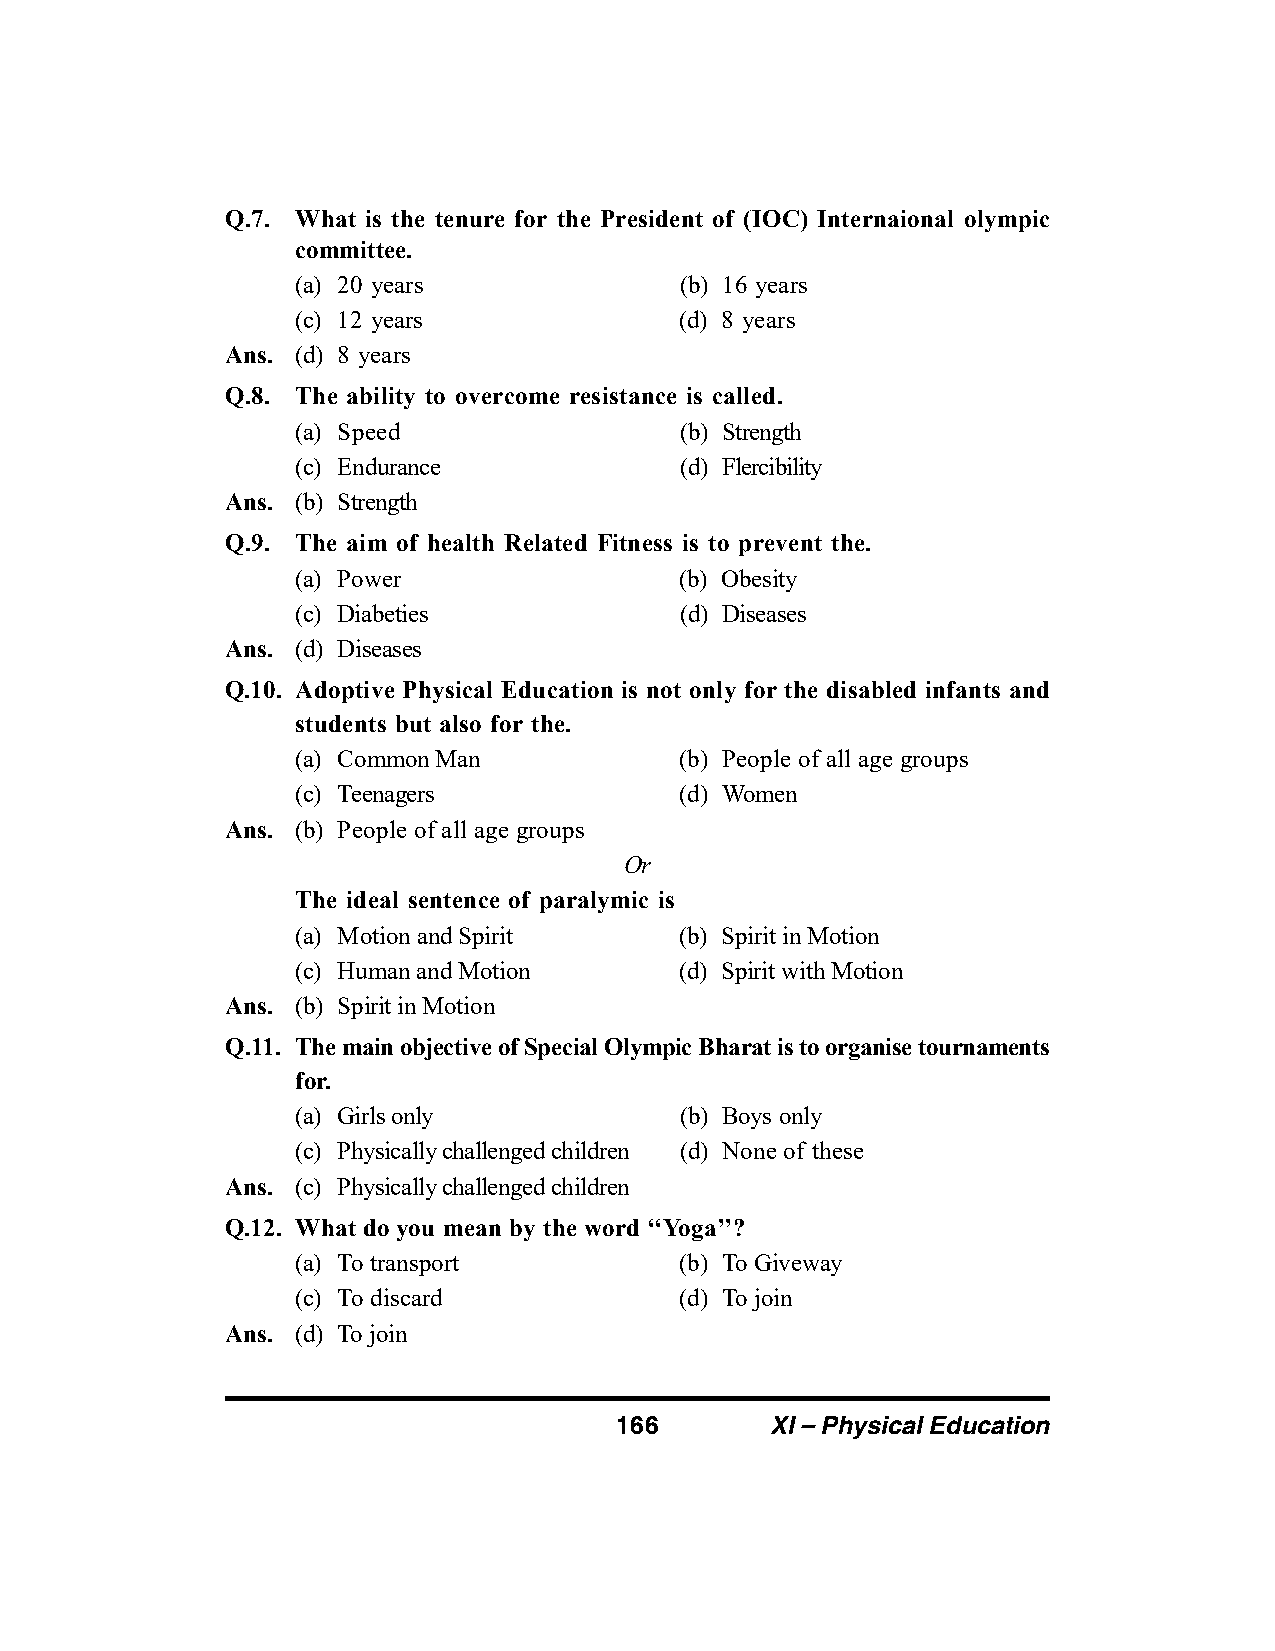
Q.7. What is the tenure for the President of (IOC) Internaional olympic
 committee.
 (a) 20 years             (b) 16 years
 (c) 12 years             (d) 8 years
 Ans. (d) 8 years
 Q.8. The ability to overcome resistance is called.
 (a) Speed                (b) Strength
 (c) Endurance            (d) Flercibility
 Ans. (b) Strength
 Q.9. The aim of health Related Fitness is to prevent the.
 (a) Power                (b) Obesity
 (c) Diabeties            (d) Diseases
 Ans. (d) Diseases
 Q.10. Adoptive Physical Education is not only for the disabled infants and
 students but also for the.
 (a) Common Man           (b) People of all age groups
 (c) Teenagers            (d) Women
 Ans. (b) People of all age groups
 Or
 The ideal sentence of paralymic is
 (a) Motion and Spirit    (b) Spirit in Motion
 (c) Human and Motion     (d) Spirit with Motion
 Ans. (b) Spirit in Motion
 Q.11. The main objective of Special Olympic Bharat is to organise tournaments
 for.
 (a) Girls only           (b) Boys only
 (c) Physically challenged children (d) None of these
 Ans. (c) Physically challenged children
 Q.12. What do you mean by the word ‘‘Yoga’’?
 (a) To transport         (b) To Giveway
 (c) To discard           (d) To join
 Ans. (d) To join
 166       XI – Physical Education